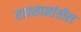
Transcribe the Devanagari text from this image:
तापमानांतील